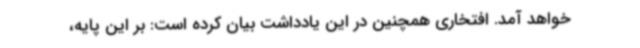
خواهد آمد. افتخاری همچنین در این یادداشت بیان کرده است: بر این پایه،